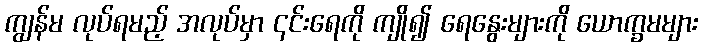
ကျွန်မ လုပ်ရမည့် အလုပ်မှာ ၎င်းရေကို ကျို၍ ရေနွေးများကို ယောက္ခမများ